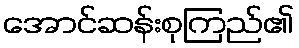
အောင်ဆန်းစုကြည်၏